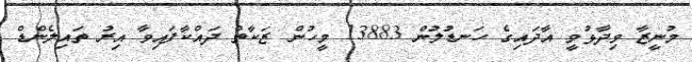
މުނީޒާ ވިދާޅުވީ އާދައިގެ ހަނޑުލުން 13883 މީހުން ޒަކާތް ދައްކާފައިވާ އިރު ތައިލެންޑް